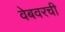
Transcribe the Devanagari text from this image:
वेबवरची